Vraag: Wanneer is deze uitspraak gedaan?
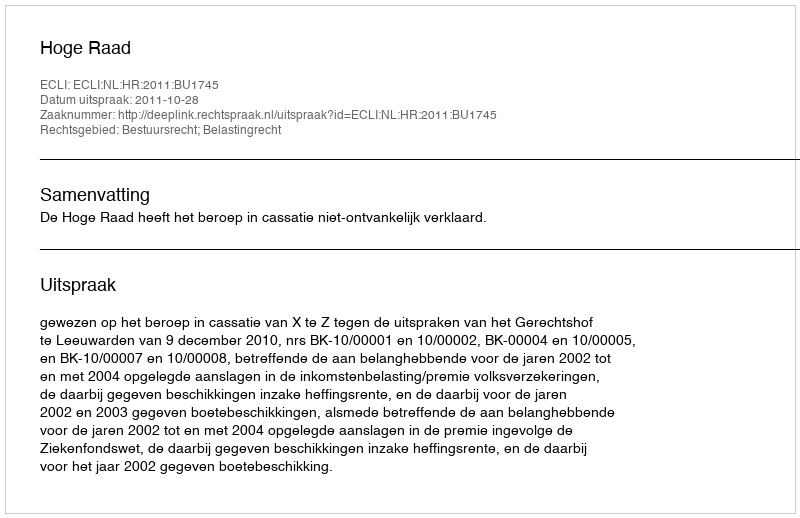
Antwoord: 2011-10-28